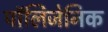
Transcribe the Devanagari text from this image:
पॉलिजेनिक